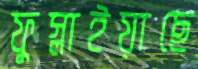
ফুস্‌লাইয়াছে